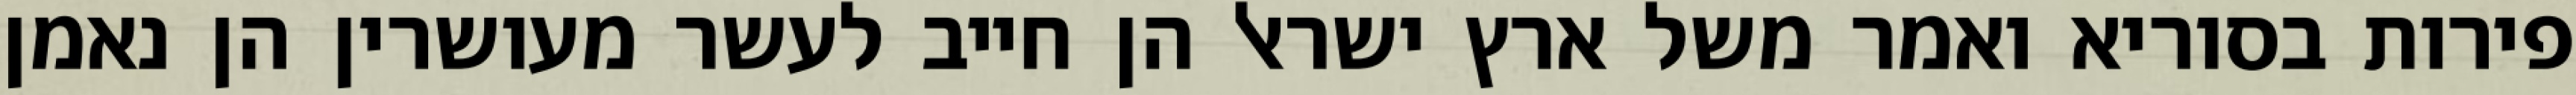
פירות בסוריא ואמר משל ארץ ישראל הן חייב לעשר מעושרין הן נאמן